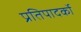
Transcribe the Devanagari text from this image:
प्रतिपादर्को